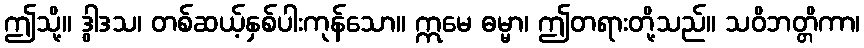
ဤသို့။ ဒွါဒသ၊ တစ်ဆယ့်နှစ်ပါးကုန်သော။ ဣမေ ဓမ္မာ၊ ဤတရားတို့သည်။ သဝိဘတ္တိကာ၊